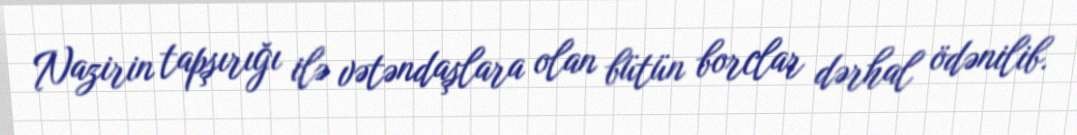
Nazirin tapşırığı ilə vətəndaşlara olan bütün borclar dərhal ödənilib.